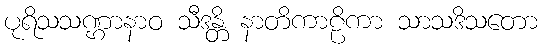
ပုရိသသဏ္ဌာနာဝ သီဒန္တိ နာတိကာဠိကာ သာသဒိသတော